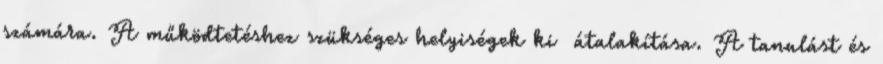
számára. A működtetéshez szükséges helyiségek ki átalakítása. A tanulást és